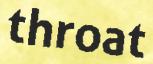
throat